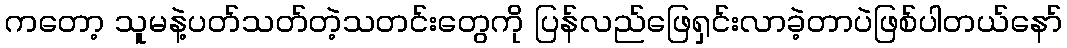
ကတော့ သူမနဲ့ပတ်သတ်တဲ့သတင်းတွေကို ပြန်လည်ဖြေရှင်းလာခဲ့တာပဲဖြစ်ပါတယ်နော်